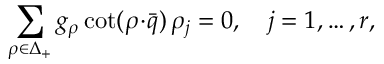
\sum _ { \rho \in \Delta _ { + } } g _ { \rho } \cot ( \rho \! \cdot \! \bar { q } ) \, \rho _ { j } = 0 , \quad j = 1 , \ldots , r ,